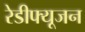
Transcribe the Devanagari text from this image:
रेडीफ्यूजन